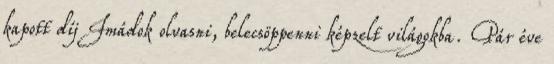
kapott díj Imádok olvasni, belecsöppenni képzelt világokba. Pár éve